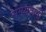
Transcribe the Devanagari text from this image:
समयदानी